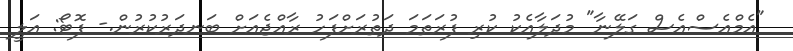
"އެމްއެސްއެސް ގަލޭނާ" މުދަލާއެކު ކުރި ފުރަތަމަ ދަތުރަށްފަހު ރާއްޖެއަށް ބަނދަރުކުރުން.- ފޮޓޯ: އަލީ